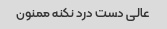
عالی دست درد نکنه ممنون